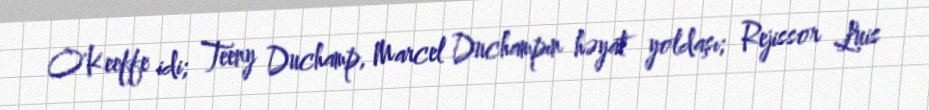
O'Keeffe idi; Teeny Duchamp, Marcel Duchampın həyat yoldaşı; Rejissor Luis